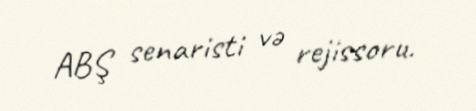
ABŞ senaristi və rejissoru.